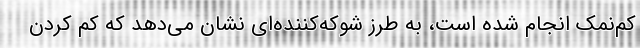
کم‌نمک انجام شده است، به طرز شوکه‌کننده‌ای نشان می‌دهد که کم کردن